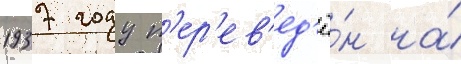
1937 году п'ер'ев'ед'ё́н на́